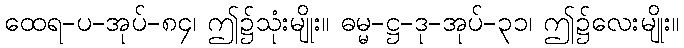
ထေရ-ပ-အုပ်-၈၄၊ ဤ၌သုံးမျိုး။ ဓမ္မ-ဋ္ဌ-ဒု-အုပ်-၃၁၊ ဤ၌လေးမျိုး။